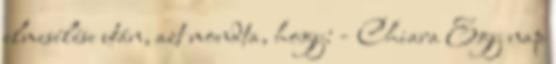
elmesélése után, azt mondta, hogy: - Chiara Egy nap